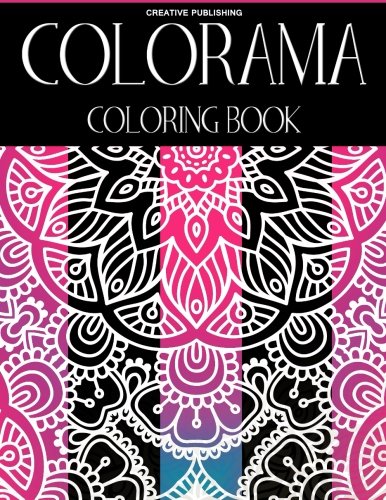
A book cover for Colorama Coloring Book: Creative Publishing - The Best Coloring Books For Adults (Volume 1); Colorama Coloring Book; Crafts, Hobbies & Home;